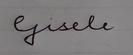
Signature authenticity: forged